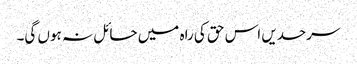
سرحدیں اس حق کی راہ میں حائل نہ ہوں گی۔